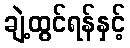
ချဲ့ထွင်ရန်နှင့်